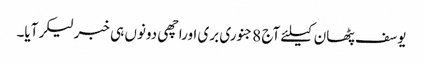
یوسف پٹھان کیلئے آج 8جنوری بری اوراچھی دونوں ہی خبرلیکرآیا۔